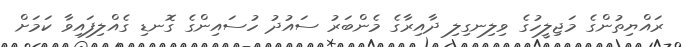
ރައްޔިތުންގެ މަޖިލީހުގެ ވިލިނގިލި ދާއިރާގެ މެންބަރު ސައުދު ހުސައިންގެ ގޮނޑި ގެއްލިފައިވާ ކަމަށް